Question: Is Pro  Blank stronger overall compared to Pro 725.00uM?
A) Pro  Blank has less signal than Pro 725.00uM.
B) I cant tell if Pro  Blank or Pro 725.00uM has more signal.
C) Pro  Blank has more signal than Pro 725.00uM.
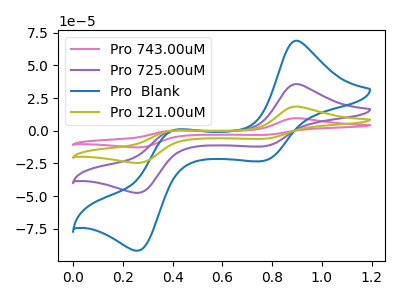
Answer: <think>The pink curve "Pro 743.00uM" has anodic peaks at (0.90V, 107.15uA) (0.40V, 0.55uA) and cathodic peaks at (0.75V, -36.00uA) (0.25V, -142.90uA). The purple curve "Pro 725.00uM" has anodic peaks at (0.90V, 35.70uA) (0.40V, 0.20uA) and cathodic peaks at (0.75V, -12.00uA) (0.25V, -47.65uA). The blue curve "Pro  Blank" has anodic peaks at (0.90V, 68.95uA) (0.40V, 0.35uA) and cathodic peaks at (0.75V, -23.15uA) (0.25V, -91.95uA). The olive curve "Pro 121.00uM" has anodic peaks at (0.90V, 71.45uA) (0.40V, 0.35uA) and cathodic peaks at (0.75V, -24.00uA) (0.25V, -95.25uA).
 All the peaks in "Pro  Blank" have a peak in "Pro 725.00uM" at the same potential. Every peak in "Pro  Blank" is higher than every peak in "Pro 725.00uM".</think>
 <answer>C) "Pro  Blank" has more signal than "Pro 725.00uM".</answer>
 <eval>C</eval>